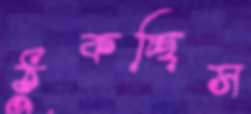
ঠুকচ্ছিস